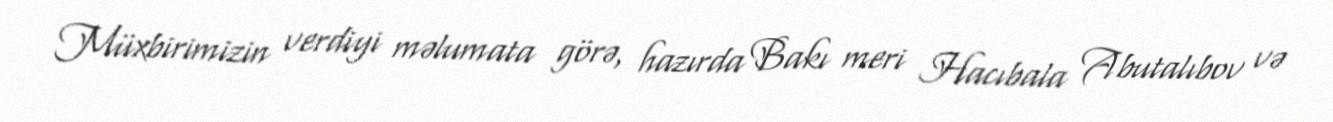
Müxbirimizin verdiyi məlumata görə, hazırda Bakı meri Hacıbala Abutalıbov və